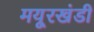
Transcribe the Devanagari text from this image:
मयूरखंडी